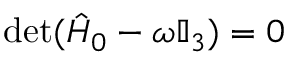
\operatorname* { d e t } ( \hat { H } _ { 0 } - \omega \mathbb { I } _ { 3 } ) = 0